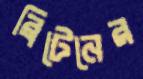
ব্রিটেনের